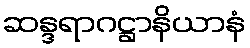
ဆန္ဒရာဂဋ္ဌာနိယာနံ